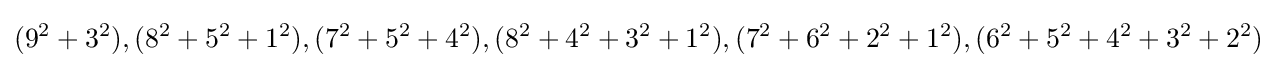
(9^{2}+3^{2}),(8^{2}+5^{2}+1^{2}),(7^{2}+5^{2}+4^{2}),(8^{2}+4^{2}+3^{2}+1^{2}),(7^{2}+6^{2}+2^{2}+1^{2}),(6^{2}+5^{2}+4^{2}+3^{2}+2^{2})